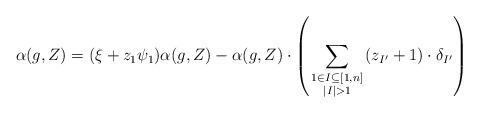
\begin{align*} \alpha(g,Z)=(\xi+z_1\psi_1)\alpha(g,Z) - \alpha(g,Z) \cdot\left(\sum_{\begin{smallmatrix} 1\in I\subseteq[1,n] \\ |I|>1 \end{smallmatrix}}(z_{I'}+1)\cdot \delta_{I'}\right) \end{align*}